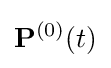
\mathbf {P} ^{(0)}(t)